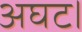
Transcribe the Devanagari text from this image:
अघट।